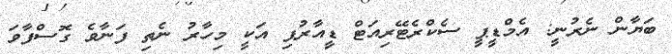
ބަޔާން ނެރުނީ: އެމްޑީޕީ ސެކްރެޓޭރިއަޓް ޑިިިިީއާރުޕި އަކީ މިހާރު ނެތި ފަނާވެ ގޮސްފާވަ